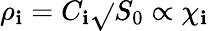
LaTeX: \rho_{\mathbf{i}}=C_{\mathbf{i}}\sqrt{}{{S_{0}}}\propto\chi_{\mathbf{i}}